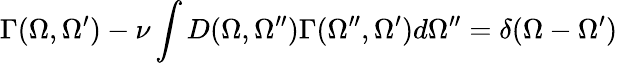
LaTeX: \Gamma(\Omega,\Omega^{\prime})-\nu\int D(\Omega,\Omega^{\prime\prime})\Gamma(\Omega^{\prime\prime},\Omega^{\prime})d\Omega^{\prime\prime}=\delta(\Omega-\Omega^{\prime})